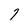
Character: 7